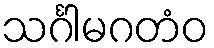
သင်္ဂါမဂတံဝ